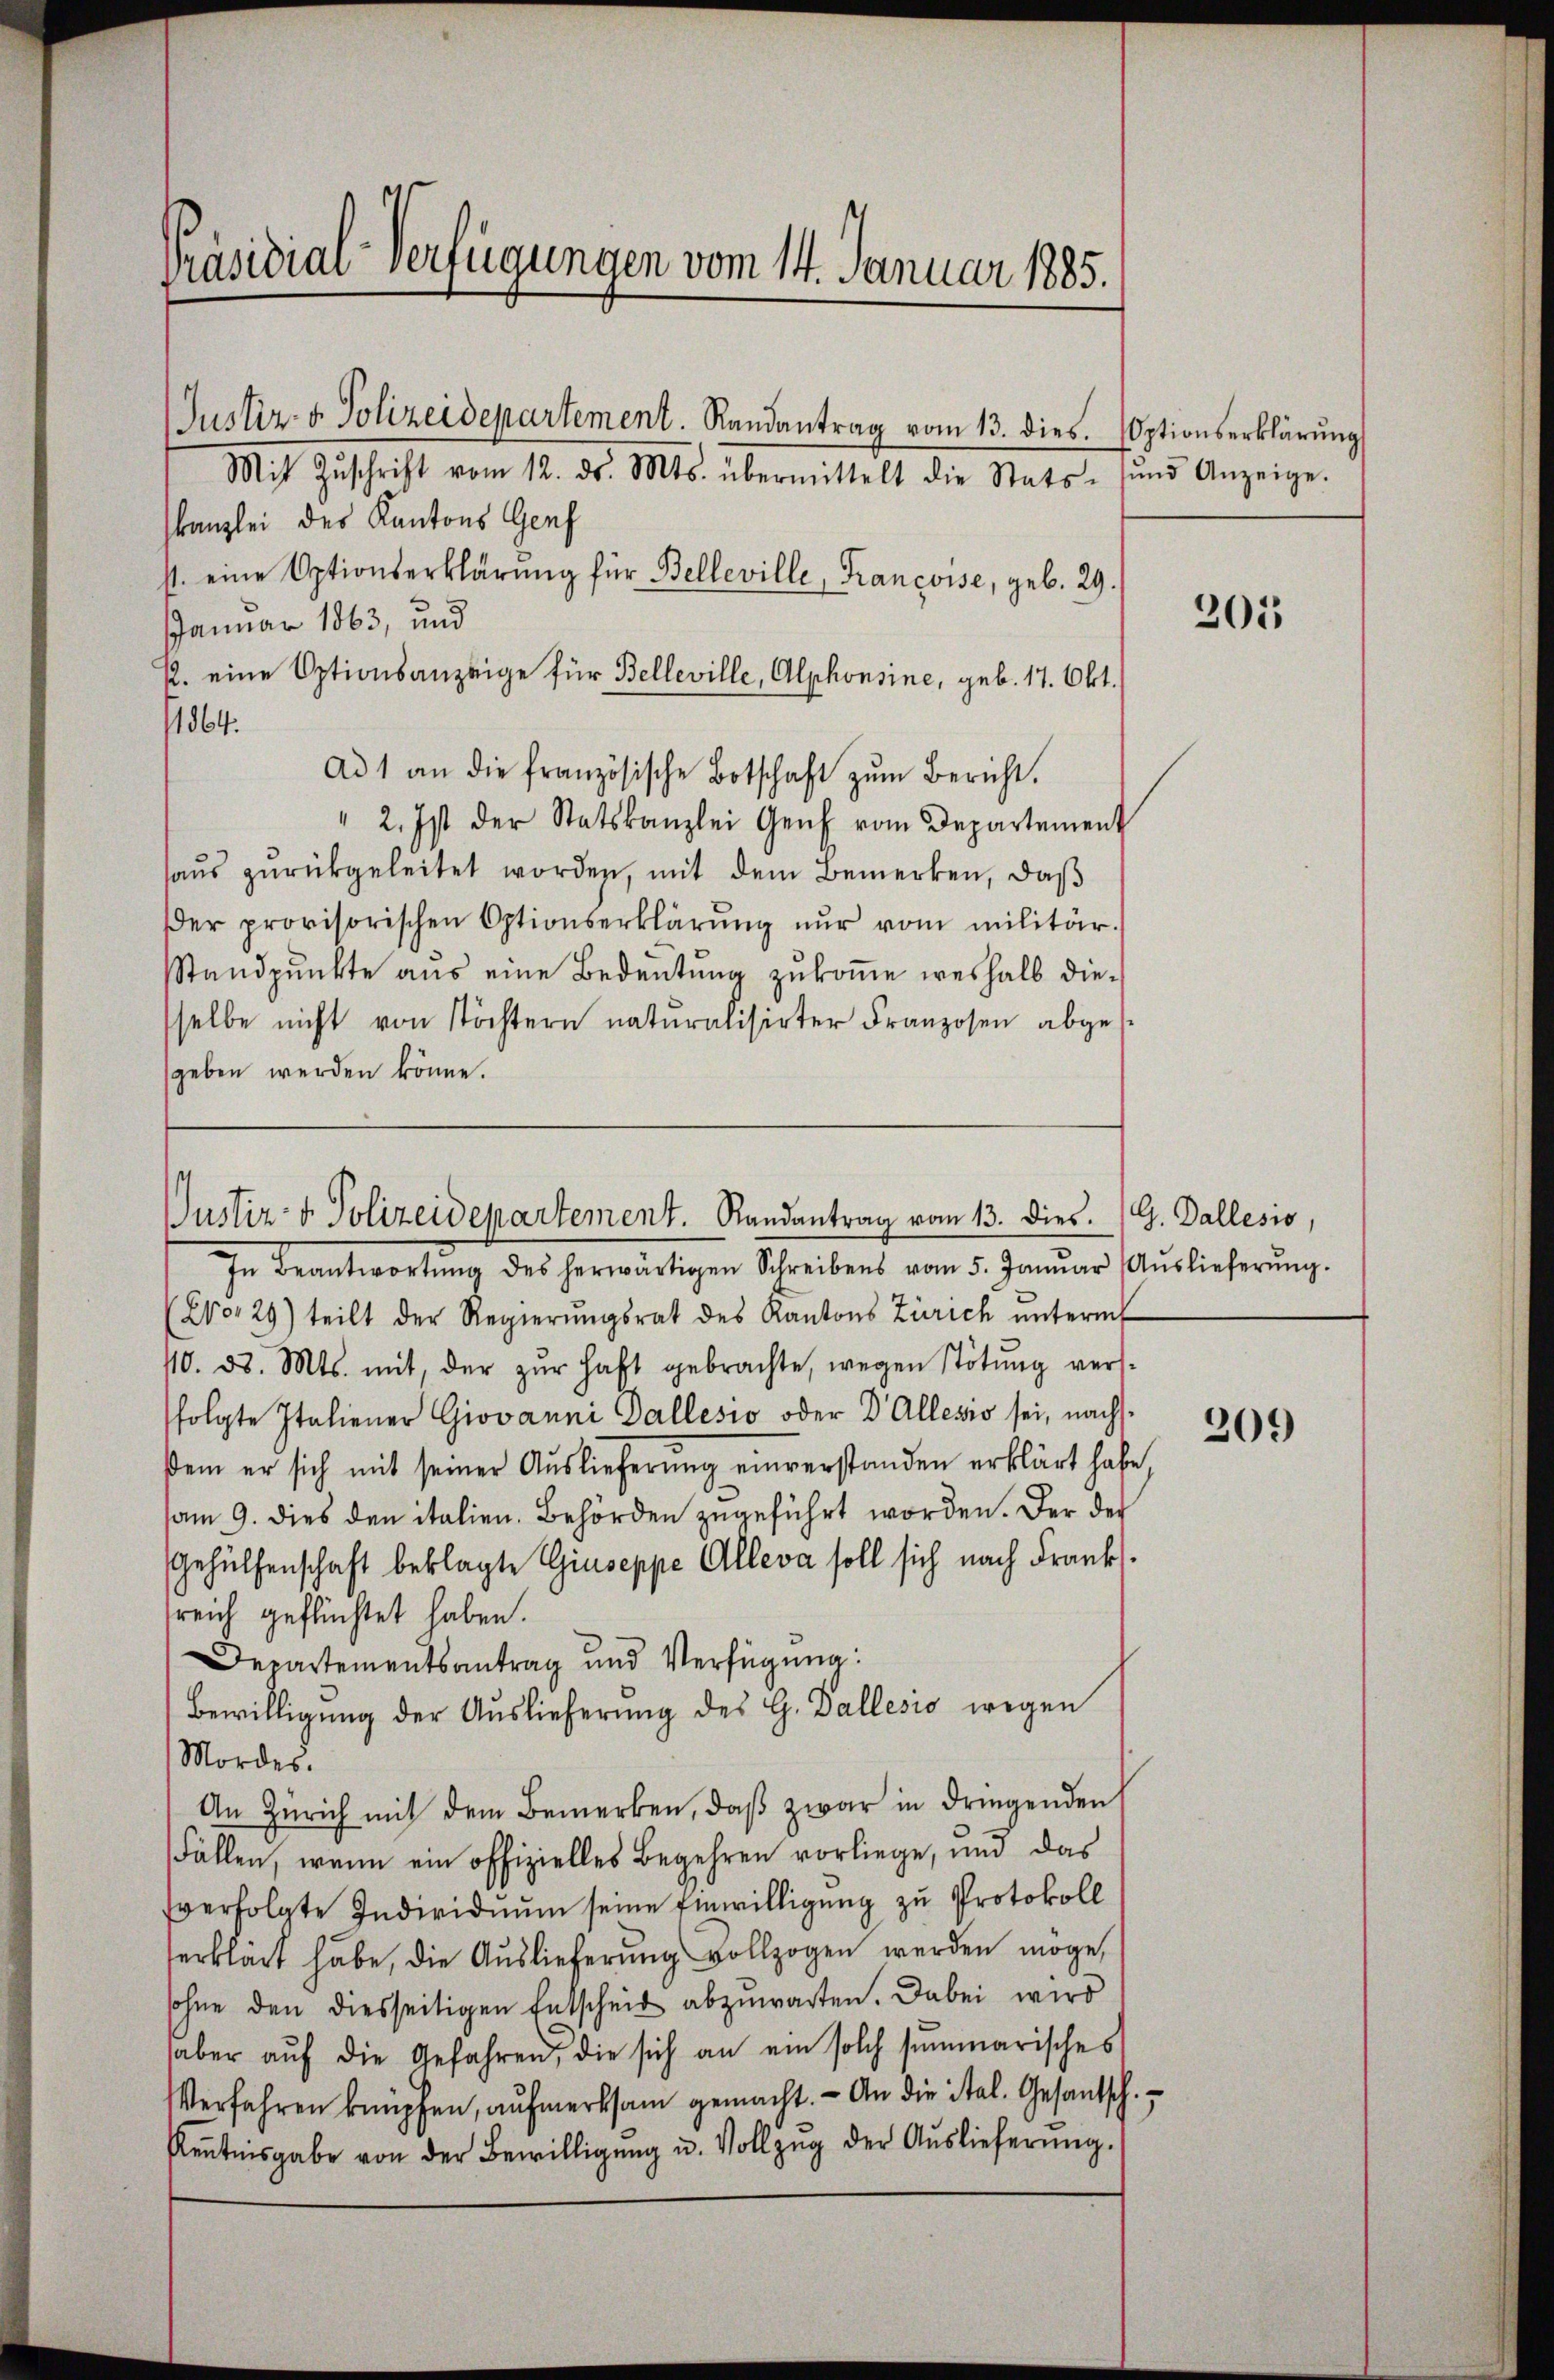
Mit Zŭschrift vom 12. ds. Mts. übermittelt die Stats- und Anzeige.
kanzlei des Kantons Genf
st. eine Optionserklärŭng für Belleville, Francoise, geb. 29.
Januar 1863, und
R. eine Optionsanzeige für Belleville, Alphonsine, geb. 17. Okt.
1864.
Ad 1 an die französische Botschaft zŭm Bericht.
" 2. Ist der Statskanzlei Genf vom Departement
haŭs zŭrückgeleitet worden, mit dem Bemerken, daβ
Der provisorischen Optionserklärŭng nŭr vom militär.
Standpŭnkte aus eine Bedeutung zŭkoṁe weshalb die-
selbe nicht von Töchtern naturalisirter Franzosen abges
geben werden könne.

Präsidial-Verfügungen vom 14. Januar 1885.

Justiz- & Polizeidepartement. Randantrag vom 13. dies. Optionserklärung

In Beantwortŭng des herwärtigen Schreibens vom 5. Janŭar Aŭslieferŭng.
(2o 29) teilt der Regierŭngsrat des Kantons Zürich ŭnterm
10. d. Mts. mit, der zŭr haft gebrachte, wegen Stötŭng vers-
folgte Italiener Giovanni Dallesio oder Dr Allesis sei, nachssem er sich mit seiner Auslieferung einverstanden erklärt habe
am 9. dies den italien. Behörden zŭgeführt worden. Der der
Gehülfenschaft beklagte Giuseppe Alleva soll sich nach Frank
reich geflüchtet haben.
Departementsantrag und Verfügung:
Bewilligung der Auslieferung des G. Dallesis wegen
Mordes.
An Zürich mit dem Bemerken, daβ zwar in dringenden
Fällen, wenn ein offizielles Begehren vorliege, und das
verfolgte Individuum seine Einwilligung zu Protokoll
serklärt habe, die Auslieferung vollzogen werden möge,
sohne den diesseitigen Entscheid abzuwarten. Dabei wird
haber aŭf die Gefahren, die sich an ein solch summarisches
Verfahren knüpfen, aufmerksam gemacht. - An die ital. Gesantsch.
Kentnisgabe von der Bewilligŭng u. Vollzŭg der Auslieferŭng.

Justiz- & Polizeidepartement. Randantrag vom 13. Dies. G. Gallesio,

301

209